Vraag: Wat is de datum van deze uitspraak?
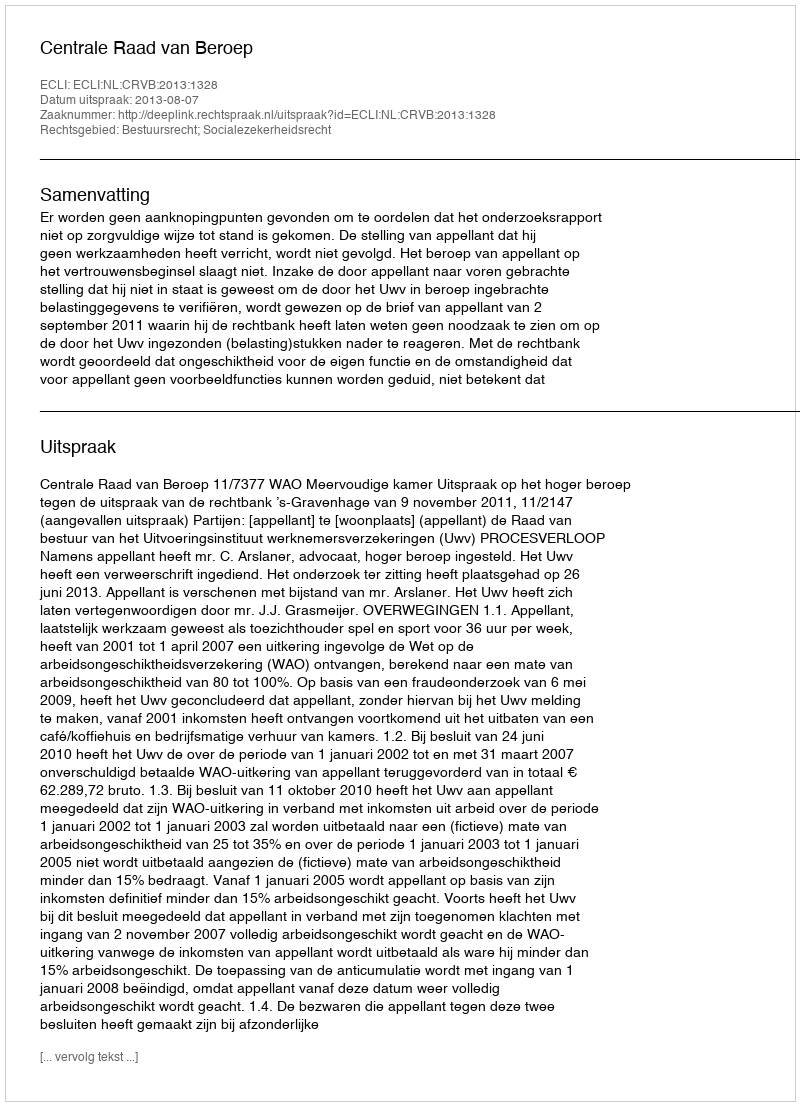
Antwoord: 2013-08-07